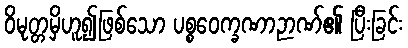
ဝိမုတ္တမှိဟူ၍ဖြစ်သော ပစ္စဝေက္ခဏာဉာဏ်၏ ပြီးခြင်း